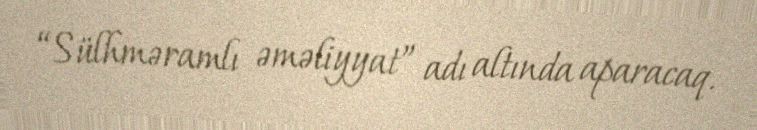
“Sülhməramlı əməliyyat” adı altında aparacaq.